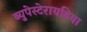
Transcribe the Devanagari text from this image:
ब्युपेस्टेरायडिया